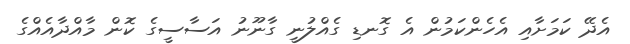
އެދޭ ކަމަށާއި އެހެންކަމުން އެ ގޮނޑި ގެއްލުނީ ގާނޫނު އަސާސީގެ ކޮން މާއްދާއެއްގެ